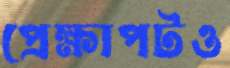
প্রেক্ষাপটও